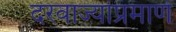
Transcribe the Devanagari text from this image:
दरवाज्यांप्रमाणे